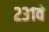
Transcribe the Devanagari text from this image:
२३१वे